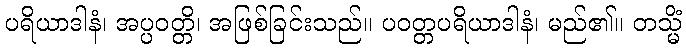
ပရိယာဒါနံ၊ အပ္ပဝတ္တိ၊ အဖြစ်ခြင်းသည်။ ပဝတ္တပရိယာဒါနံ၊ မည်၏။ တသ္မိံ